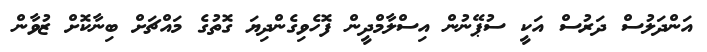
އަންދަލުސް ދަރުސް އަކީ ސުޕޭނުން އިސްލާމްދީން ފޮހެވިގެންދިޔަ ގޮތުގެ މައްޗަށް ބިނާކޮށް ޒުވާން